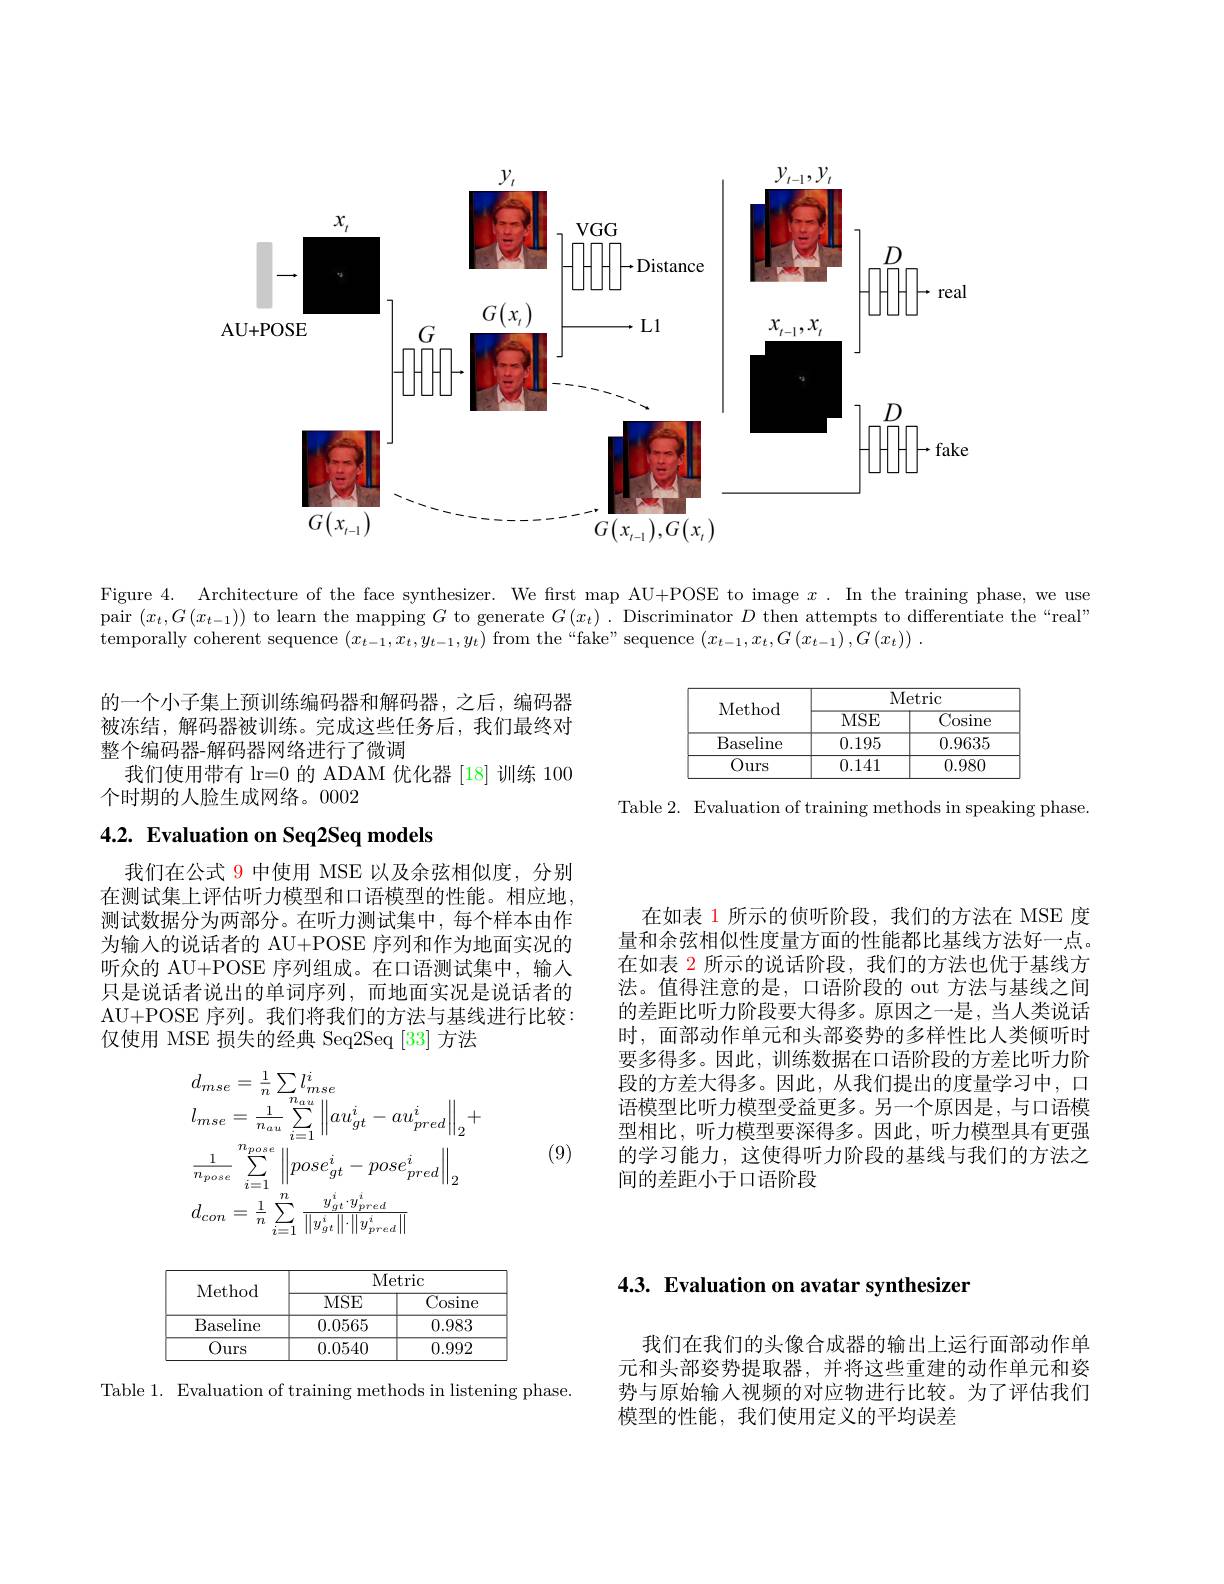
<FigureHere>

Figure 4. Architecture of the face synthesizer. We first map AU+POSE to image $x.$ In the training phase, we use pair $(x_t,G(x_{t-1}))$ to learn the mapping $G$ to generate $G(x_t).$ Discriminator $D$ then attempts to differentiate the“real” temporally coherent sequence $(x_t-1,x_t,y_{t-1},y_t)$ from the“fake”sequence $(x_t-1,x_t,G\left(x_{t-1}\right),G\left(x_t\right)).$

<FigureHere>

的一个小子集上预训练编码器和解码器，之后，编码器被冻结，解码器被训练。完成这些任务后，我们最终对整个编码器-解码器网络进行了微调
我们使用带有 lr=0 的 ADAM 优化器 [18] 训练 100
个时期的人脸生成网络。0002

Table 2. Evaluation of training methods in speaking phase.

# 4.2. Evaluation on Seq2Seq models

我们在公式 9 中使用 MSE 以及余弦相似度，分别在测试集上评估听力模型和口语模型的性能。相应地测试数据分为两部分。在听力测试集中，每个样本由作为输入的说话者的 AU+POSE 序列和作为地面实况的听众的 AU+POSE 序列组成。在口语测试集中，输入只是说话者说出的单词序列，而地面实况是说话者的AU+POSE 序列。我们将我们的方法与基线进行比较： 仅使用 MSE 损失的经典 Seq2Seq [33] 方法

在如表 1 所示的侦听阶段，我们的方法在 MSE 度量和余弦相似性度量方面的性能都比基线方法好一点。在如表 2 所示的说话阶段，我们的方法也优于基线方法。值得注意的是，口语阶段的 out 方法与基线之间的差距比听力阶段要大得多。原因之一是，当人类说话时，面部动作单元和头部姿势的多样性比人类倾听时要多得多。因此，训练数据在口语阶段的方差比听力阶段的方差大得多。因此，从我们提出的度量学习中，口语模型比听力模型受益更多。另一个原因是，与口语模型相比，听力模型要深得多。因此，听力模型具有更强的学习能力，这使得听力阶段的基线与我们的方法之间的差距小于口语阶段
$$\begin{aligned}&d_{mse}=\frac{1}{n}\sum l_{mse}^{i}\\&l_{mse}=\frac{1}{n_{au}}\sum_{i=1}^{n_{au}}\left\|au_{gt}^{i}-au_{pred}^{i}\right\|_{2}+\\&\frac{1}{n_{pose}}\sum_{i=1}^{n_{pose}}\left\|pose_{gt}^{i}-pose_{pred}^{i}\right\|_{2}\\&d_{con}=\frac{1}{n}\sum_{i=1}^{n}\frac{y_{gt}^{i}\cdot y_{pred}^{i}}{\left\|y_{gt}^{i}\right\|\cdot\left\|y_{pred}^{i}\right\|}\end{aligned}$$
(9)

4.3. Evaluation on avatar synthesizer

Metric
Method
$\overline{\mathrm{MSE}}$
$\overline{{\mathrm{Cosine}}}$
$\underline{{\text{Baseline }}}$
$\overline{0.0565}$
0.983
$\overline{\mathrm{Ours}}$
$\overline{0.0540}$
$\overline{0.992}$

我们在我们的头像合成器的输出上运行面部动作单元和头部姿势提取器，并将这些重建的动作单元和姿势与原始输入视频的对应物进行比较。为了评估我们模型的性能，我们使用定义的平均误差

Table 1. Evaluation of training methods in listening phase.